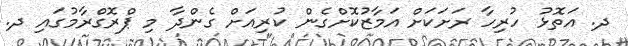
ދ. އަތޮޅު ހުރިހާ ރަށަކަށް އަމާޒުކޮށްގެން ކުރިއަށް ގެންދާ މި ޕްރޮގްރާމުގައި ދ.